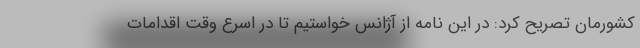
کشورمان تصریح کرد: در این نامه از آژانس خواستیم تا در اسرع وقت اقدامات